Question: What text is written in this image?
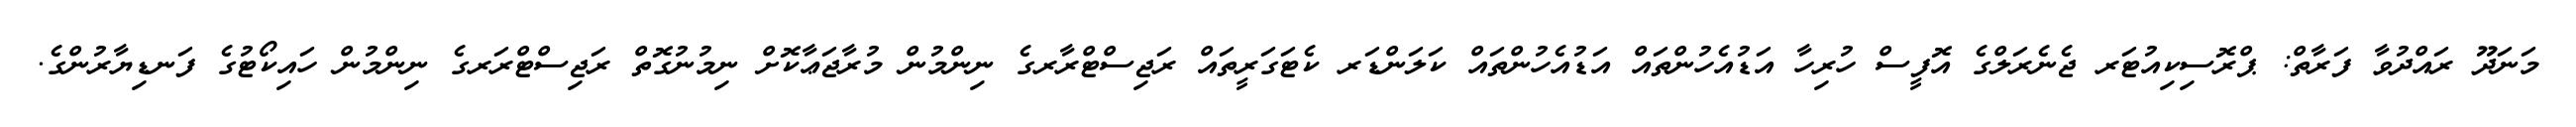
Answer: މަނަދޫ ރައްދުވާ ފަރާތް: ޕްރޮސިކިއުޓަރ ޖެނެރަލްގެ އޮފީސް ހުރިހާ އަޑުއެހުންތައް އަޑުއެހުންތައް ކަލަންޑަރ ކެޓަގަރީތައް ރަޖިސްޓްރާރގެ ނިންމުން މުރާޖަޢާކޮށް ނިމުނުގޮތް ރަޖިސްޓްރަރގެ ނިންމުން ހައިކޯޓުގެ ފަނޑިޔާރުންގެ.